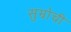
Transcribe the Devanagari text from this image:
सुम्रोची